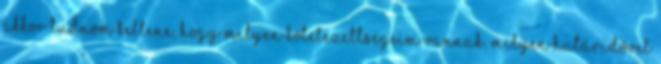
akkor tudnom kellene, hogy milyen kötelezettségeim vannak, milyen határidővel